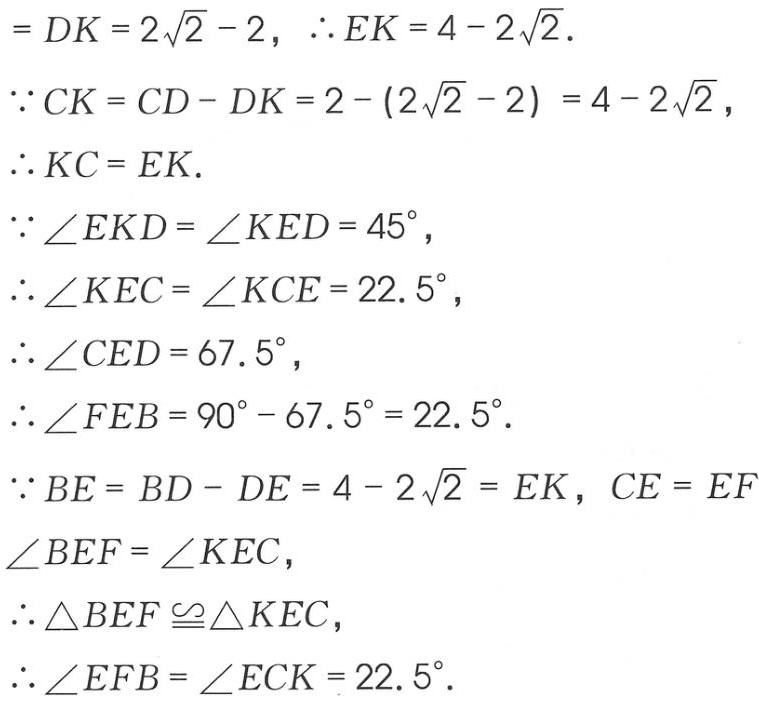
$=DK = 2\sqrt{2}-2,\ \therefore EK = 4 - 2\sqrt{2}.$
$\because CK=CD - DK=2-(2\sqrt{2}-2)=4 - 2\sqrt{2},$
$\therefore KC = EK.$
$\because\angle EKD=\angle KED = 45^{\circ},$
$\therefore\angle KEC=\angle KCE = 22.5^{\circ},$
$\therefore\angle CED = 67.5^{\circ},$
$\therefore\angle FEB=90^{\circ}-67.5^{\circ}=22.5^{\circ}.$
$\because BE=BD - DE=4 - 2\sqrt{2}=EK,\ CE = EF$
$\angle BEF=\angle KEC,$
$\therefore\triangle BEF\cong\triangle KEC,$
$\therefore\angle EFB=\angle ECK = 22.5^{\circ}.$